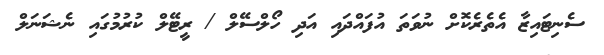
ސެނިޓައިޒާ އެތެރެކޮށް ނުވަތަ އުފައްދައި އަދި ހޯލްސޭލް / ރީޓޭލް ކުރުމުގައި ނެޝަނަލް